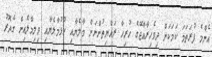
އެންމެ ފުރަތަމަ ކަމަކަށް ދިވެހިރާއްޖޭގެ ހުރިހާ ރައްޔިތުންނަށް މާލެޔާއި ހުޅުމާލެޔާއި ވިލިމާލެއިން ގެދޮރު